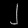
Digit: ၂